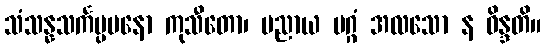
သံသန္နသင်္ကပ္ပမနော ကုသီတော၊ ပညာယ မဂ္ဂံ အလသော န ဝိန္ဒတိ။